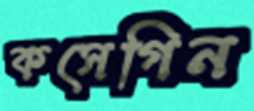
কসেগিন